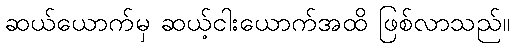
ဆယ်ယောက်မှ ဆယ့်ငါးယောက်အထိ ဖြစ်လာသည်။